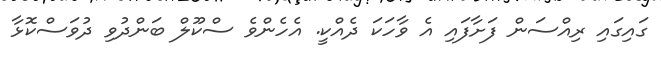
ގައިގައި ރިއްސަން ފަށާފައި އެ ވާހަކަ ދެއްކީ. އެހެންވެ ސްކޫލް ބަންދުވި ދުވަސްކޮޅާ